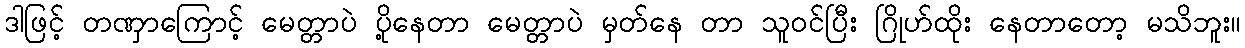
ဒါဖြင့် တဏှာကြောင့် မေတ္တာပဲ ပို့နေတာ မေတ္တာပဲ မှတ်နေ တာ သူဝင်ပြီး ဂြိုဟ်ထိုး နေတာတော့ မသိဘူး။